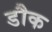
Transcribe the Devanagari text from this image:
डौक